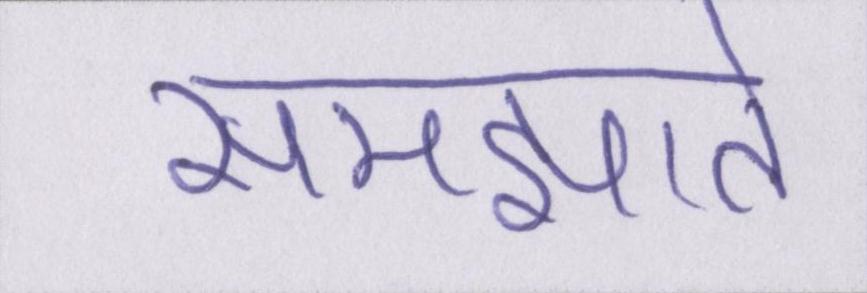
समझाते